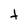
Character: t